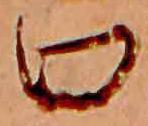
口